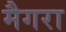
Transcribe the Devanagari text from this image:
मैगरा